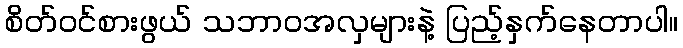
စိတ်ဝင်စားဖွယ် သဘာဝအလှများနဲ့ ပြည့်နှက်နေတာပါ။